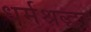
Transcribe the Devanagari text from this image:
धर्मश्रद्धा